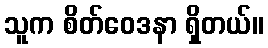
သူက စိတ်ဝေဒနာ ရှိတယ်။